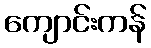
ကျောင်းကန်